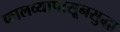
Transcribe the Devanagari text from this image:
कालव्यापासूनसुद्धा